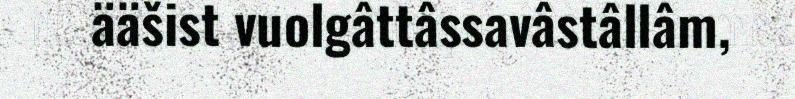
ääšist vuolgâttâssavâstâllâm,